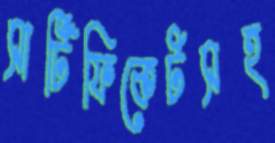
সার্টিফিকেটসহ